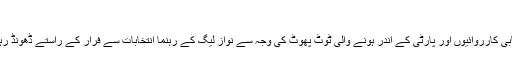
‘‘
ایسا لگتا ہے کہ نیب کی جانب سے مسلم لیگ(ن) کے خلاف سخت احتسابی کارروائیوں اور پارٹی کے اندر ہونے والی ٹوٹ پھوٹ کی وجہ سے نواز لیگ کے رہنما انتخابات سے فرار کے راستے ڈھونڈ رہے ہیں تاکہ شکست کی صورت میں ان کی ’’ناک کٹنے‘‘ سے بچ جائے۔